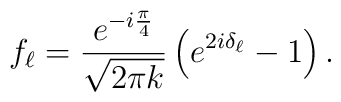
f_\ell = \frac{e^{-i\frac{\pi}{4}}}{\sqrt{2\pi k}} \left( e^{2i\delta_\ell} -1\right). \nonumber